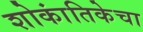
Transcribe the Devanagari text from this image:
शोकांतिकेचा